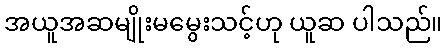
အယူအဆမျိုးမမွေးသင့်ဟု ယူဆ ပါသည်။